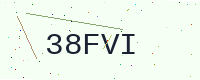
Text: 38FVI